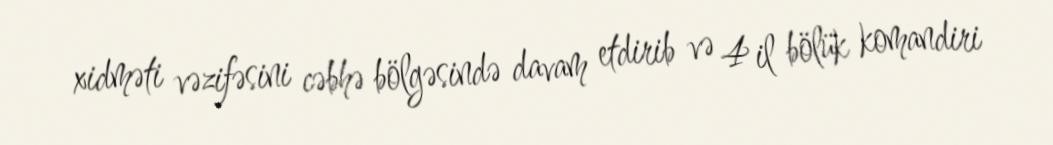
xidməti vəzifəsini cəbhə bölgəsində davam etdirib və 4 il bölük komandiri